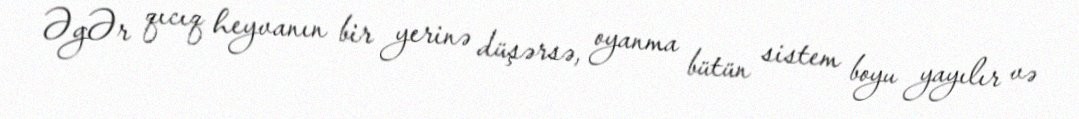
ƏgƏr qıcıq heyvanın bir yerinə düşərsə, oyanma bütün sistem boyu yayılır və